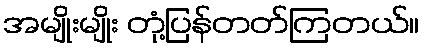
အမျိုးမျိုး တုံ့ပြန်တတ်ကြတယ်။